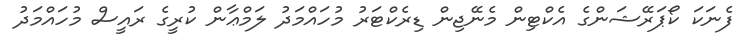
ފެނަކަ ކޯޕަރޭޝަންގެ އެކްޓިން މެނޭޖިން ޑިރެކްޓަރު މުހައްމަދު ލަމްޢާން ކުރީގެ ރައީސް މުހައްމަދު